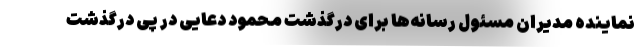
نماینده مدیران مسئول رسانه‌ها برای درگذشت محمود دعایی در پی درگذشت